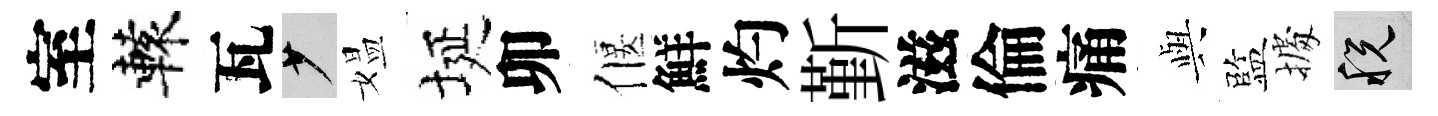
室轅瓦少媪埏卯偃鮮灼斳滋倫痛𫤰監𢴃税